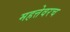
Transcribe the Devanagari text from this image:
महत्तेवरच